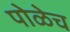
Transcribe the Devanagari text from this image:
पोळेच